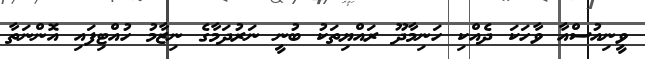
ވީނިއުސްއާ ވާހަކަ ދެއްކި ހަނިމާދޫ ރައްޔިތަކު ބުނީ ނަރުދަމާގެ ނިޒާމު ހުއްޓިފައި އޮންނަތާ